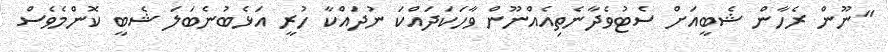
"ނޫން ރެހާން ޝެބީއަށް ސެޓުވެދާނެތިއެއްނޫން ވާހަކަދައްކަ ނުދައްކާ ހުރީ އަޅެބުނެބަލަ ޝެބީ ކޮންމެވެސް